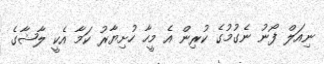
ނިއަލް ފޯނު ނެގުމުގެ ކުރިން އެ މީހާ ހުށިޔާރު ކަމާ އެކީ ލާޝާގެ